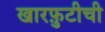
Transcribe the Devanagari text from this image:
खारफ़ुटीची